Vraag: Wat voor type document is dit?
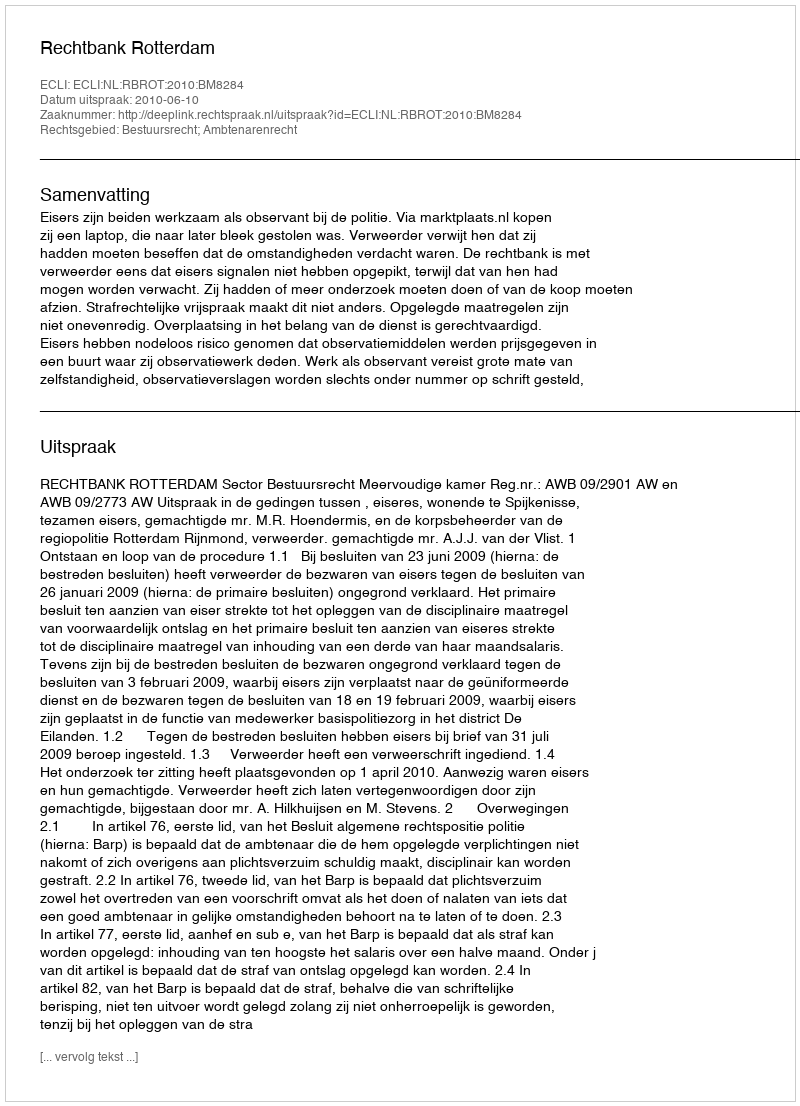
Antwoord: Uitspraak